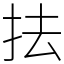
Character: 抾